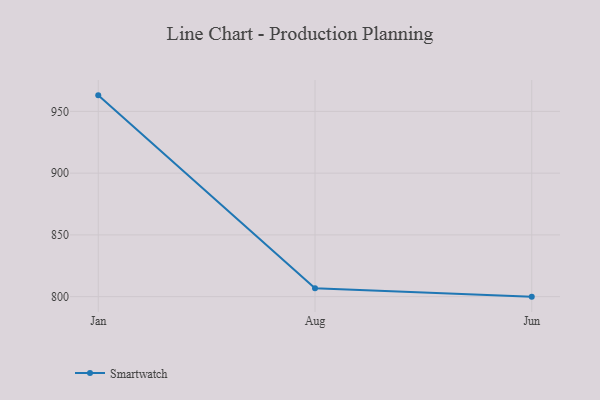
{"axis": {"x": "Month", "y": "Shipments"}, "legend": ["Smartwatch"], "data": [{"x": "Jan", "y": 963.0, "type": "Smartwatch"}, {"x": "Aug", "y": 806.8, "type": "Smartwatch"}, {"x": "Jun", "y": 800, "type": "Smartwatch"}]}